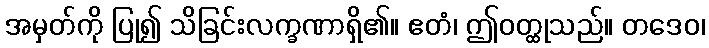
အမှတ်ကို ပြု၍ သိခြင်းလက္ခဏာရှိ၏။ ဧတံ၊ ဤဝတ္ထုသည်။ တဒေဝ၊